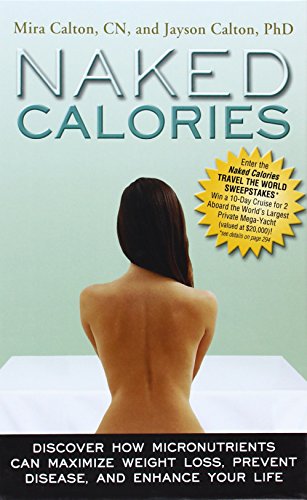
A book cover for Naked Calories: Discover How Micronutrients Can Maximize Weight Lose, Prevent Dosease and Enhance Your Life; Mira Calton; Cookbooks, Food & Wine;